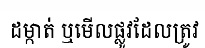
ដម្កាត់ ឬមើលផ្លូវដែលត្រូវ